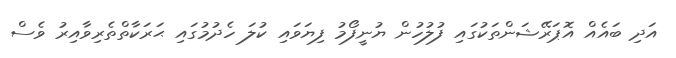
އަދި ބައެއް އޮޕަރޭޝަންތަކުގައި ފުލުހުން ޔުނީފޯމު ފިޔަވައި ކުލަ ހެދުމުގައި ޙަރަކާތްތެރިވާއިރު ވެސް